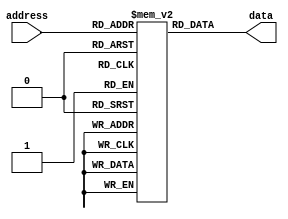
module ROM (
   input [address_width-1:0] address,
   output reg [data_width-1:0] data
);

   parameter address_width = 4;
   parameter data_width = 8;

   reg [data_width-1:0] storage [2**address_width-1:0];

   initial begin
      // Initialize the storage array with the fixed data set
      storage[0] = 8'b00000000;
      storage[1] = 8'b00000001;
      storage[2] = 8'b00000010;
      // Add more data words as needed
   end

   always @* begin
      // Read operation: Output the data stored at the address input
      data = storage[address];
   end

endmodule